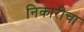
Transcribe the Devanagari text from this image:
निकारीचा